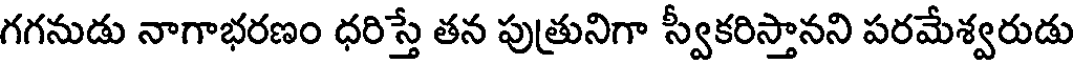
గగనుడు నాగాభరణం ధరిస్తే తన పుత్రునిగా స్వీకరిస్తానని పరమేశ్వరుడు